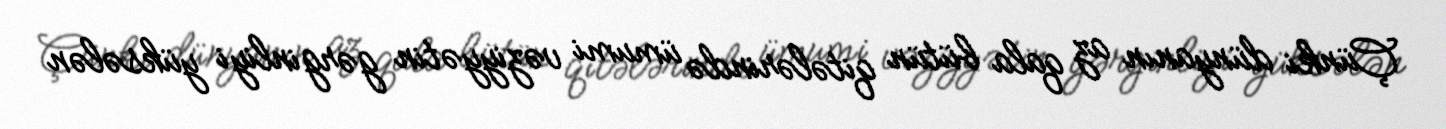
Çünki dünyanın az qala bütün qitələrində ümumi vəziyyətin gərginliyi yüksələn